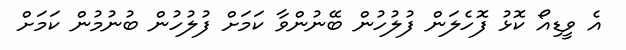
އެ ވީޑިއޯ ކޮޅު ފޮހެލަން ފުލުހުން ބޭނުންވާ ކަމަށް ފުލުހުން ބުނުމުން ކަމަށް